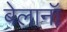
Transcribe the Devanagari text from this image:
बेलानॉ